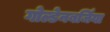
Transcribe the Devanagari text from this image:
गोल्डेनबर्जिया